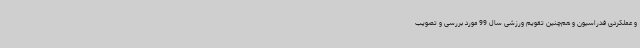
و عملکردی فدراسیون و هم‌چنین تقویم ورزشی سال 99 مورد بررسی و تصویب